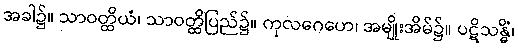
အခါ၌။ သာဝတ္ထိယံ၊ သာဝတ္ထိပြည်၌။ ကုလဂေဟေ၊ အမျိုးအိမ်၌။ ပဋိသန္ဓိံ၊